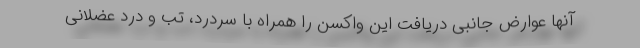
آنها عوارض جانبی دریافت این واکسن را همراه با سردرد، تب و درد عضلانی